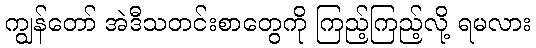
ကျွန်တော် အဲဒီသတင်းစာတွေကို ကြည့်ကြည့်လို့ ရမလား